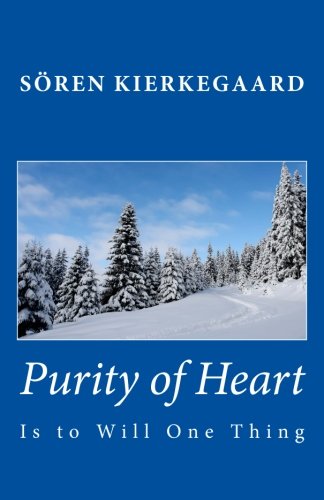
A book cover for Purity of Heart is to Will One Thing; SÃ¶ren Kierkegaard; Politics & Social Sciences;